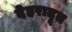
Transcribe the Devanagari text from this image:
देहरादूत